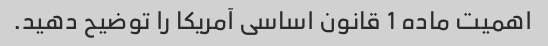
اهمیت ماده 1 قانون اساسی آمریکا را توضیح دهید.